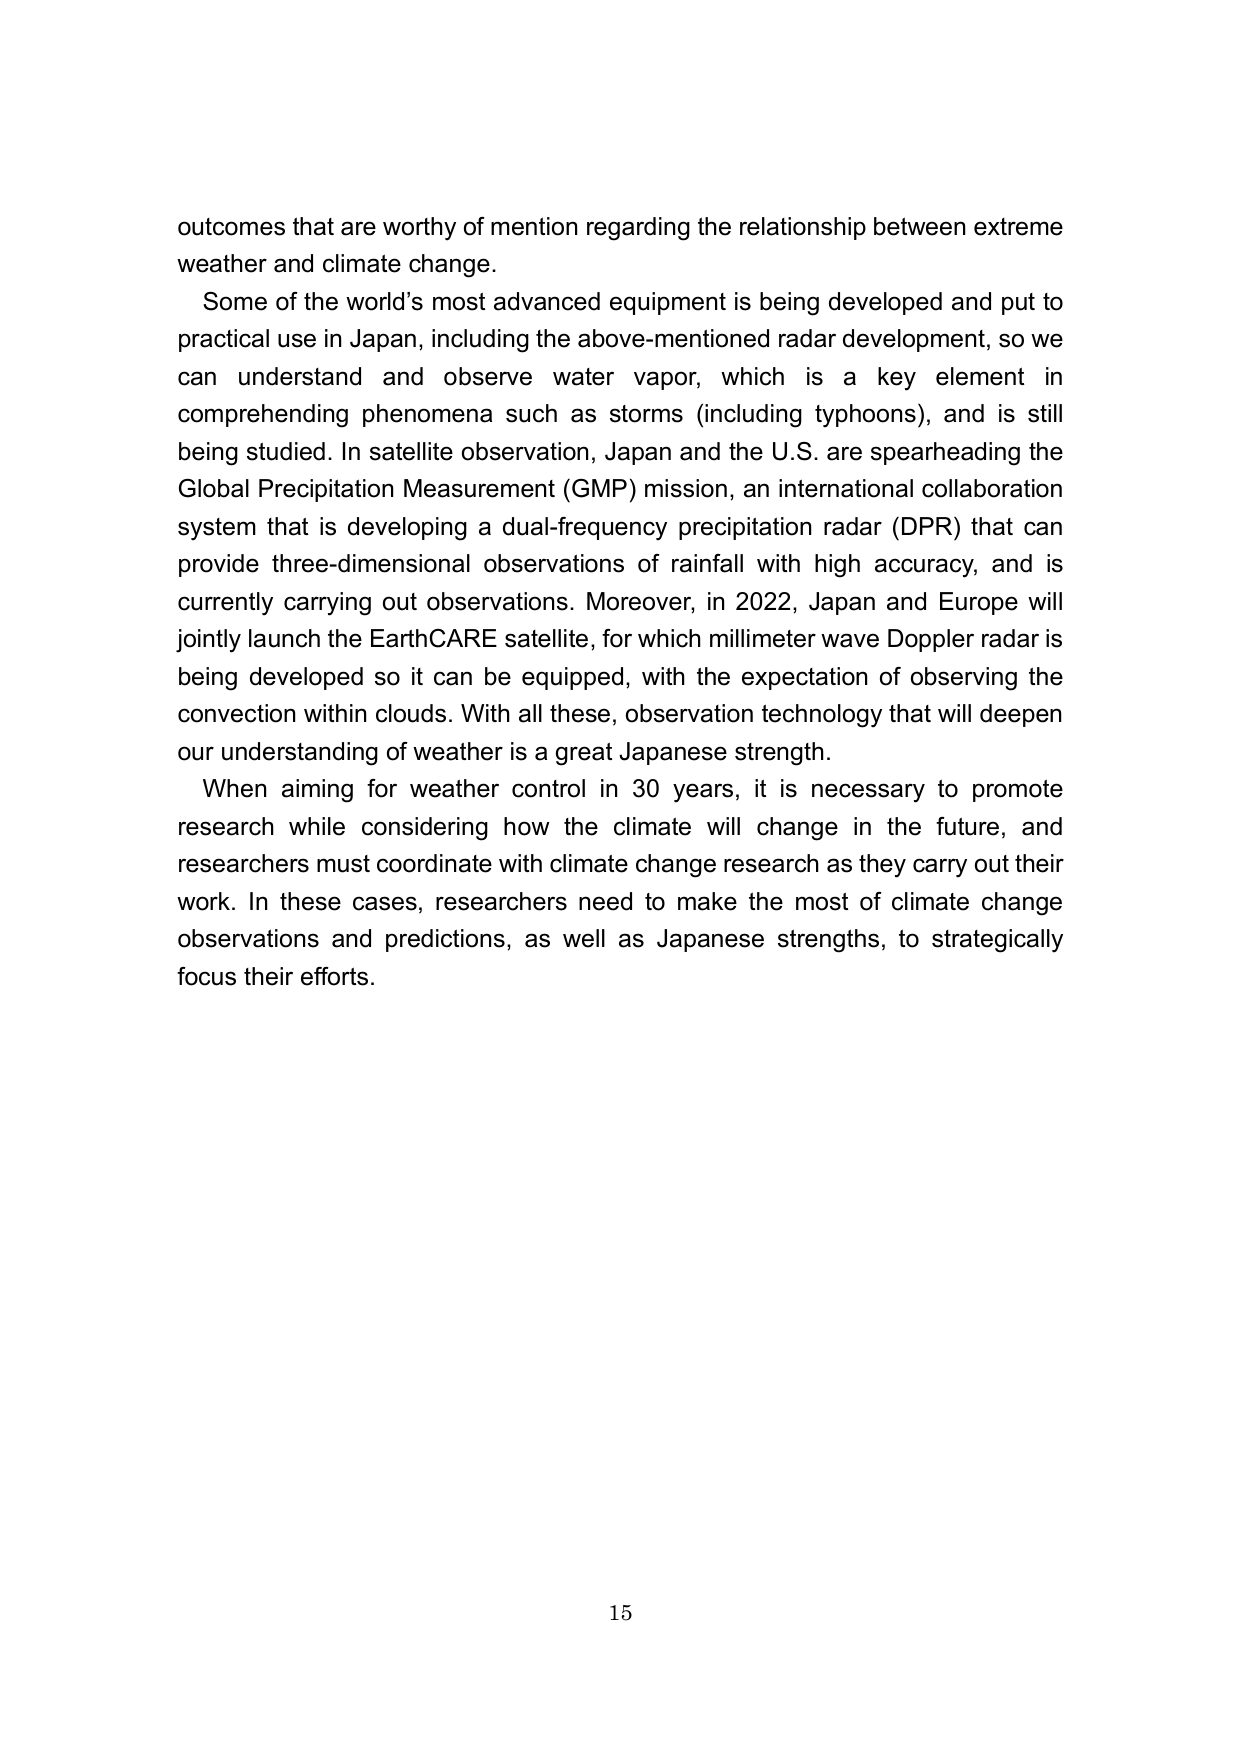
outcomes that are worthy of mention regarding the relationship between extreme weather and climate change.

Some of the world's most advanced equipment is being developed and put to practical use in Japan, including the above-mentioned radar development, so we can understand and observe water vapor, which is a key element in comprehending phenomena such as storms (including typhoons), and is still being studied. In satellite observation, Japan and the U.S. are spearheading the Global Precipitation Measurement (GMP) mission, an international collaboration system that is developing a dual-frequency precipitation radar (DPR) that can provide three-dimensional observations of rainfall with high accuracy, and is currently carrying out observations. Moreover, in 2022, Japan and Europe will jointly launch the EarthCARE satellite, for which millimeter wave Doppler radar is being developed so it can be equipped, with the expectation of observing the convection within clouds. With all these, observation technology that will deepen our understanding of weather is a great Japanese strength.

When aiming for weather control in 30 years, it is necessary to promote research while considering how the climate will change in the future, and researchers must coordinate with climate change research as they carry out their work. In these cases, researchers need to make the most of climate change observations and predictions, as well as Japanese strengths, to strategically focus their efforts.

15